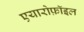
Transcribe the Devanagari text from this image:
एयारोफ़ॉइल